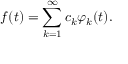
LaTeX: f ( t ) = \sum _ { k = 1 } ^ { \infty } c _ { k } \varphi _ { k } ( t ) .